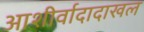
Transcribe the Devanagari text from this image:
आशीर्वादादाखल